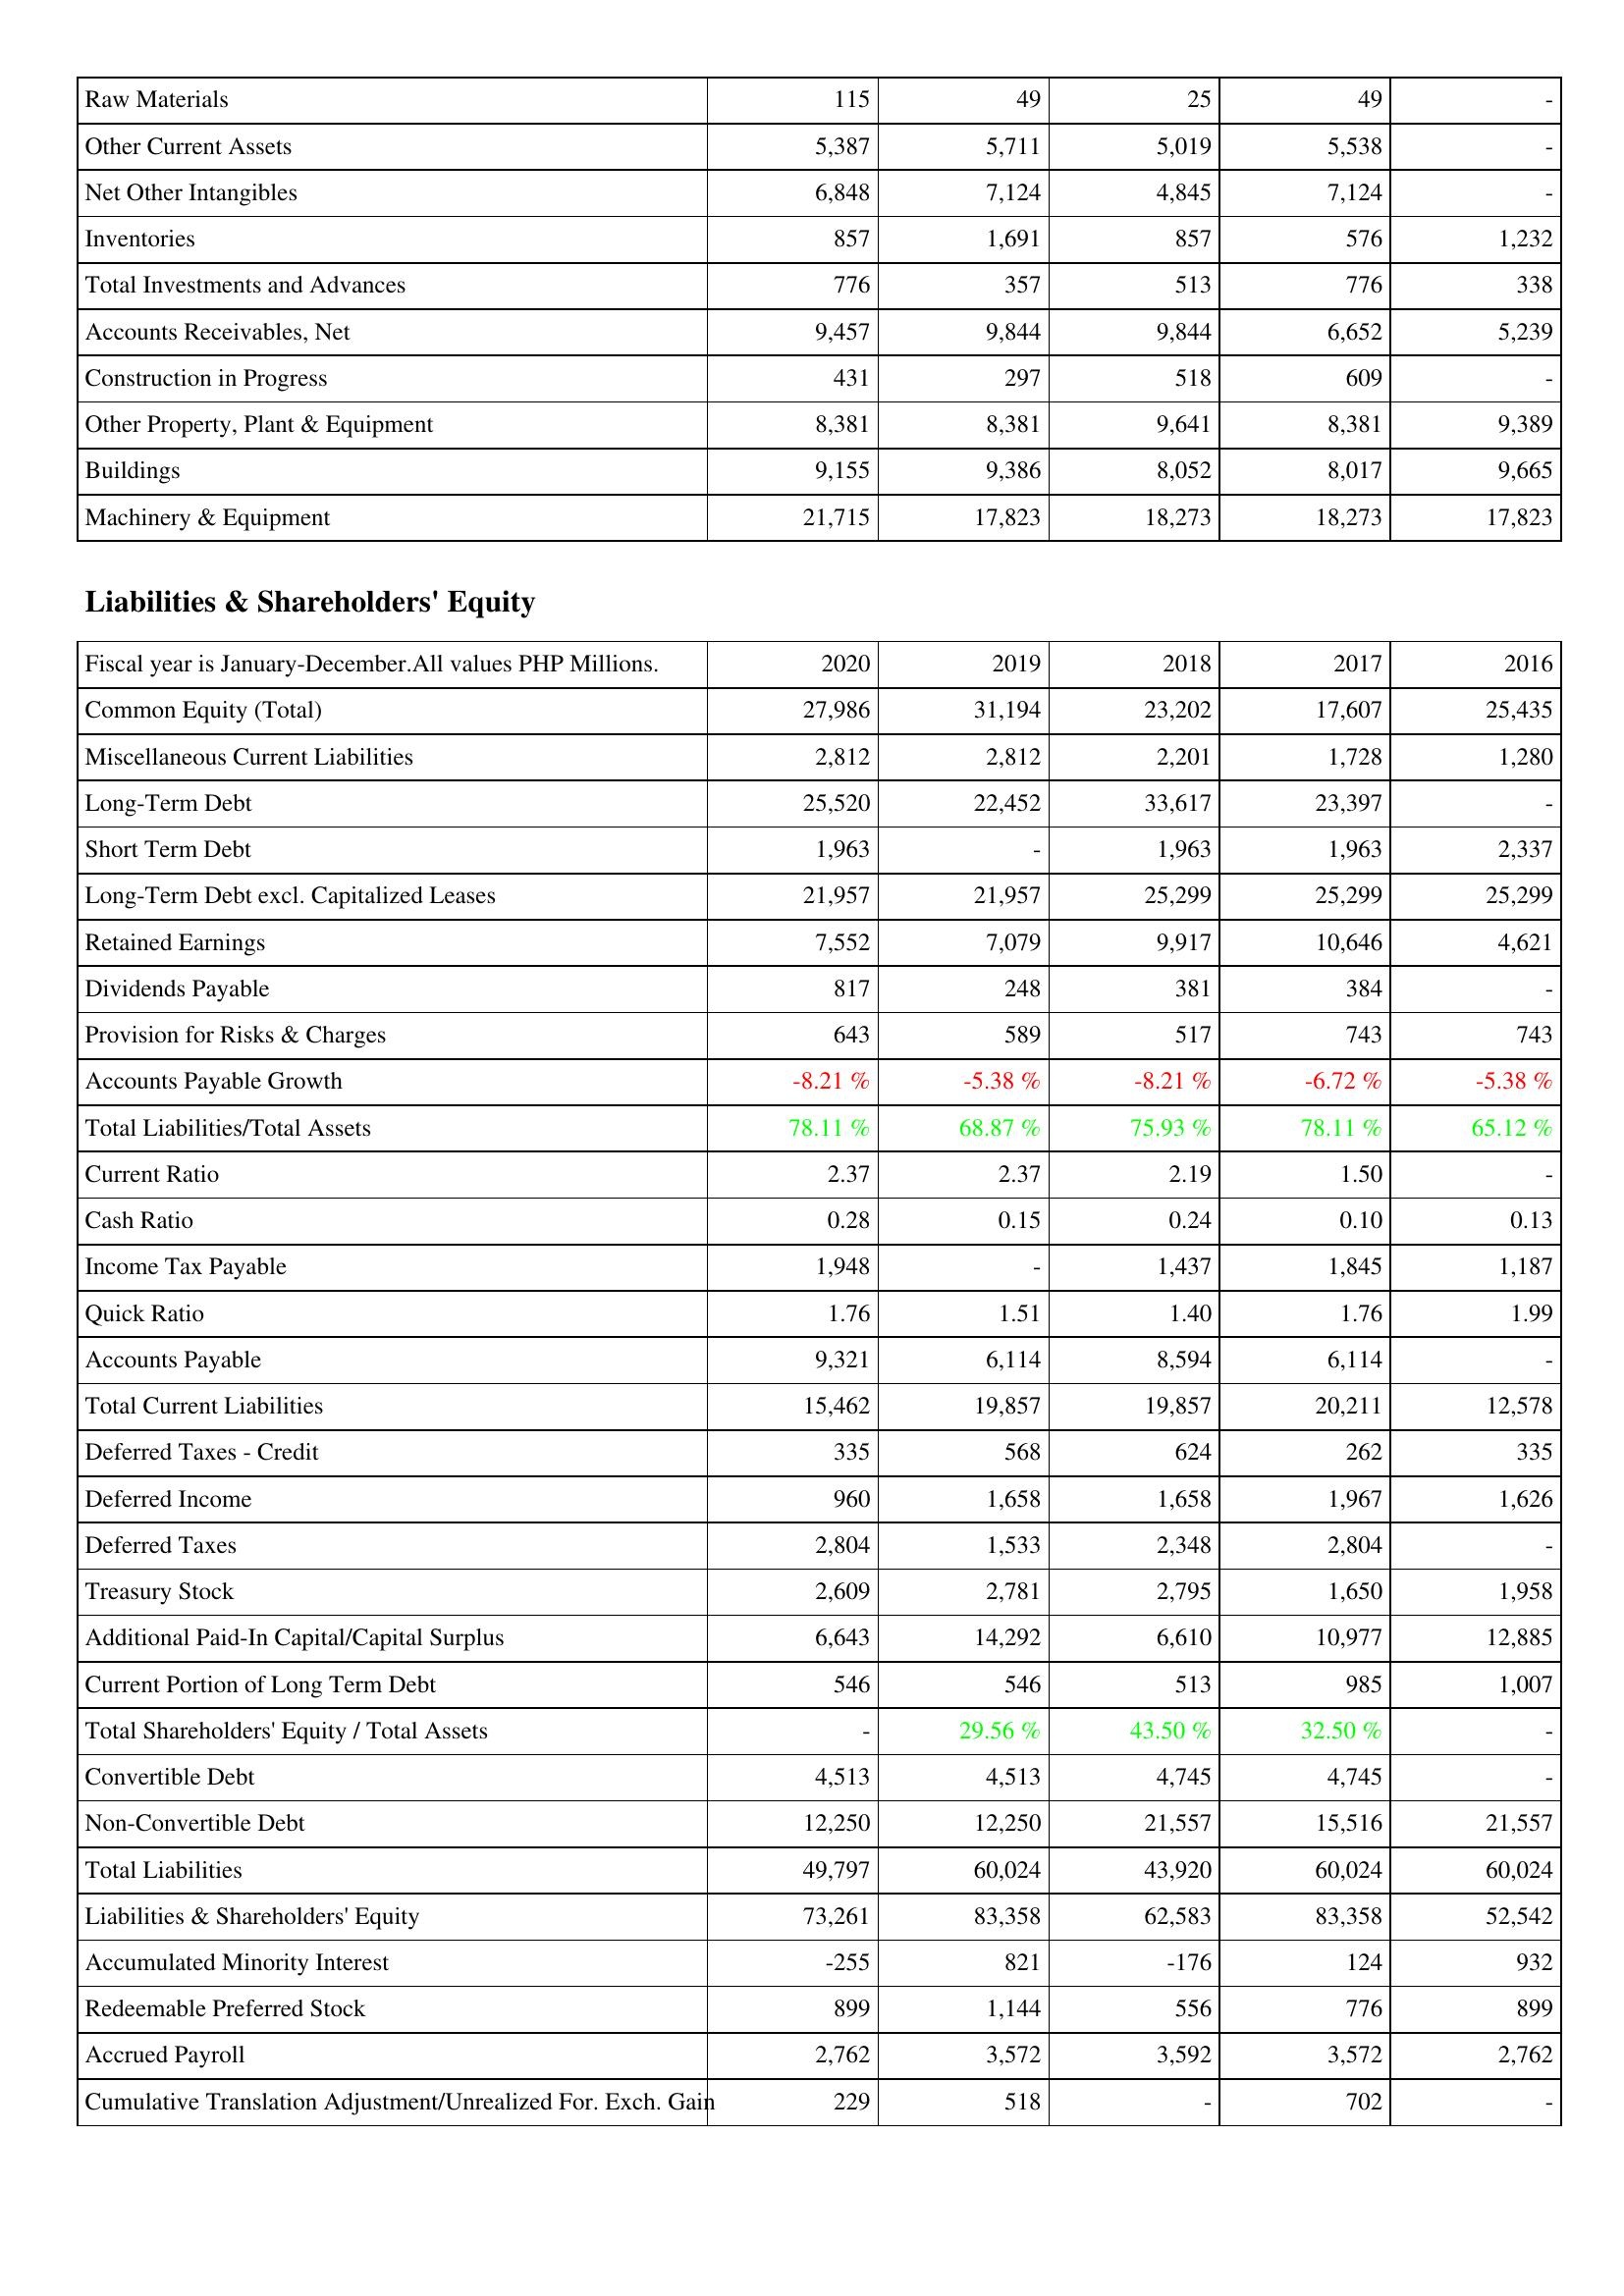
2020: Assets: Raw Materials: 115
Other Current Assets: 5,387
Net Other Intangibles: 6,848
Inventories: 857
Total Investments and Advances: 776
Accounts Receivables, Net: 9,457
Construction in Progress: 431
Other Property, Plant & Equipment: 8,381
Buildings: 9,155
Machinery & Equipment: 21,715
Liabilities & Shareholders' Equity: Common Equity (Total): 27,986
Miscellaneous Current Liabilities: 2,812
Long-Term Debt: 25,520
Short Term Debt: 1,963
Long-Term Debt excl. Capitalized Leases: 21,957
Retained Earnings: 7,552
Dividends Payable: 817
Provision for Risks & Charges: 643
Accounts Payable Growth: -8.21 %
Total Liabilities/Total Assets: 78.11 %
Current Ratio: 2.37
Cash Ratio: 0.28
Income Tax Payable: 1,948
Quick Ratio: 1.76
Accounts Payable: 9,321
Total Current Liabilities: 15,462
Deferred Taxes - Credit: 335
Deferred Income: 960
Deferred Taxes: 2,804
Treasury Stock: 2,609
Additional Paid-In Capital/Capital Surplus: 6,643
Current Portion of Long Term Debt: 546
Total Shareholders' Equity / Total Assets: -
Convertible Debt: 4,513
Non-Convertible Debt: 12,250
Total Liabilities: 49,797
Liabilities & Shareholders' Equity: 73,261
Accumulated Minority Interest: -255
Redeemable Preferred Stock: 899
Accrued Payroll: 2,762
Cumulative Translation Adjustment/Unrealized For. Exch. Gain: 229
2019: Assets: Raw Materials: 49
Other Current Assets: 5,711
Net Other Intangibles: 7,124
Inventories: 1,691
Total Investments and Advances: 357
Accounts Receivables, Net: 9,844
Construction in Progress: 297
Other Property, Plant & Equipment: 8,381
Buildings: 9,386
Machinery & Equipment: 17,823
Liabilities & Shareholders' Equity: Common Equity (Total): 31,194
Miscellaneous Current Liabilities: 2,812
Long-Term Debt: 22,452
Short Term Debt: -
Long-Term Debt excl. Capitalized Leases: 21,957
Retained Earnings: 7,079
Dividends Payable: 248
Provision for Risks & Charges: 589
Accounts Payable Growth: -5.38 %
Total Liabilities/Total Assets: 68.87 %
Current Ratio: 2.37
Cash Ratio: 0.15
Income Tax Payable: -
Quick Ratio: 1.51
Accounts Payable: 6,114
Total Current Liabilities: 19,857
Deferred Taxes - Credit: 568
Deferred Income: 1,658
Deferred Taxes: 1,533
Treasury Stock: 2,781
Additional Paid-In Capital/Capital Surplus: 14,292
Current Portion of Long Term Debt: 546
Total Shareholders' Equity / Total Assets: 29.56 %
Convertible Debt: 4,513
Non-Convertible Debt: 12,250
Total Liabilities: 60,024
Liabilities & Shareholders' Equity: 83,358
Accumulated Minority Interest: 821
Redeemable Preferred Stock: 1,144
Accrued Payroll: 3,572
Cumulative Translation Adjustment/Unrealized For. Exch. Gain: 518
2018: Assets: Raw Materials: 25
Other Current Assets: 5,019
Net Other Intangibles: 4,845
Inventories: 857
Total Investments and Advances: 513
Accounts Receivables, Net: 9,844
Construction in Progress: 518
Other Property, Plant & Equipment: 9,641
Buildings: 8,052
Machinery & Equipment: 18,273
Liabilities & Shareholders' Equity: Common Equity (Total): 23,202
Miscellaneous Current Liabilities: 2,201
Long-Term Debt: 33,617
Short Term Debt: 1,963
Long-Term Debt excl. Capitalized Leases: 25,299
Retained Earnings: 9,917
Dividends Payable: 381
Provision for Risks & Charges: 517
Accounts Payable Growth: -8.21 %
Total Liabilities/Total Assets: 75.93 %
Current Ratio: 2.19
Cash Ratio: 0.24
Income Tax Payable: 1,437
Quick Ratio: 1.40
Accounts Payable: 8,594
Total Current Liabilities: 19,857
Deferred Taxes - Credit: 624
Deferred Income: 1,658
Deferred Taxes: 2,348
Treasury Stock: 2,795
Additional Paid-In Capital/Capital Surplus: 6,610
Current Portion of Long Term Debt: 513
Total Shareholders' Equity / Total Assets: 43.50 %
Convertible Debt: 4,745
Non-Convertible Debt: 21,557
Total Liabilities: 43,920
Liabilities & Shareholders' Equity: 62,583
Accumulated Minority Interest: -176
Redeemable Preferred Stock: 556
Accrued Payroll: 3,592
Cumulative Translation Adjustment/Unrealized For. Exch. Gain: -
2017: Assets: Raw Materials: 49
Other Current Assets: 5,538
Net Other Intangibles: 7,124
Inventories: 576
Total Investments and Advances: 776
Accounts Receivables, Net: 6,652
Construction in Progress: 609
Other Property, Plant & Equipment: 8,381
Buildings: 8,017
Machinery & Equipment: 18,273
Liabilities & Shareholders' Equity: Common Equity (Total): 17,607
Miscellaneous Current Liabilities: 1,728
Long-Term Debt: 23,397
Short Term Debt: 1,963
Long-Term Debt excl. Capitalized Leases: 25,299
Retained Earnings: 10,646
Dividends Payable: 384
Provision for Risks & Charges: 743
Accounts Payable Growth: -6.72 %
Total Liabilities/Total Assets: 78.11 %
Current Ratio: 1.50
Cash Ratio: 0.10
Income Tax Payable: 1,845
Quick Ratio: 1.76
Accounts Payable: 6,114
Total Current Liabilities: 20,211
Deferred Taxes - Credit: 262
Deferred Income: 1,967
Deferred Taxes: 2,804
Treasury Stock: 1,650
Additional Paid-In Capital/Capital Surplus: 10,977
Current Portion of Long Term Debt: 985
Total Shareholders' Equity / Total Assets: 32.50 %
Convertible Debt: 4,745
Non-Convertible Debt: 15,516
Total Liabilities: 60,024
Liabilities & Shareholders' Equity: 83,358
Accumulated Minority Interest: 124
Redeemable Preferred Stock: 776
Accrued Payroll: 3,572
Cumulative Translation Adjustment/Unrealized For. Exch. Gain: 702
2016: Assets: Raw Materials: -
Other Current Assets: -
Net Other Intangibles: -
Inventories: 1,232
Total Investments and Advances: 338
Accounts Receivables, Net: 5,239
Construction in Progress: -
Other Property, Plant & Equipment: 9,389
Buildings: 9,665
Machinery & Equipment: 17,823
Liabilities & Shareholders' Equity: Common Equity (Total): 25,435
Miscellaneous Current Liabilities: 1,280
Long-Term Debt: -
Short Term Debt: 2,337
Long-Term Debt excl. Capitalized Leases: 25,299
Retained Earnings: 4,621
Dividends Payable: -
Provision for Risks & Charges: 743
Accounts Payable Growth: -5.38 %
Total Liabilities/Total Assets: 65.12 %
Current Ratio: -
Cash Ratio: 0.13
Income Tax Payable: 1,187
Quick Ratio: 1.99
Accounts Payable: -
Total Current Liabilities: 12,578
Deferred Taxes - Credit: 335
Deferred Income: 1,626
Deferred Taxes: -
Treasury Stock: 1,958
Additional Paid-In Capital/Capital Surplus: 12,885
Current Portion of Long Term Debt: 1,007
Total Shareholders' Equity / Total Assets: -
Convertible Debt: -
Non-Convertible Debt: 21,557
Total Liabilities: 60,024
Liabilities & Shareholders' Equity: 52,542
Accumulated Minority Interest: 932
Redeemable Preferred Stock: 899
Accrued Payroll: 2,762
Cumulative Translation Adjustment/Unrealized For. Exch. Gain: -